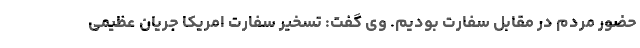
حضور مردم در مقابل سفارت بودیم. وی گفت: تسخیر سفارت امریکا جریان عظیمی